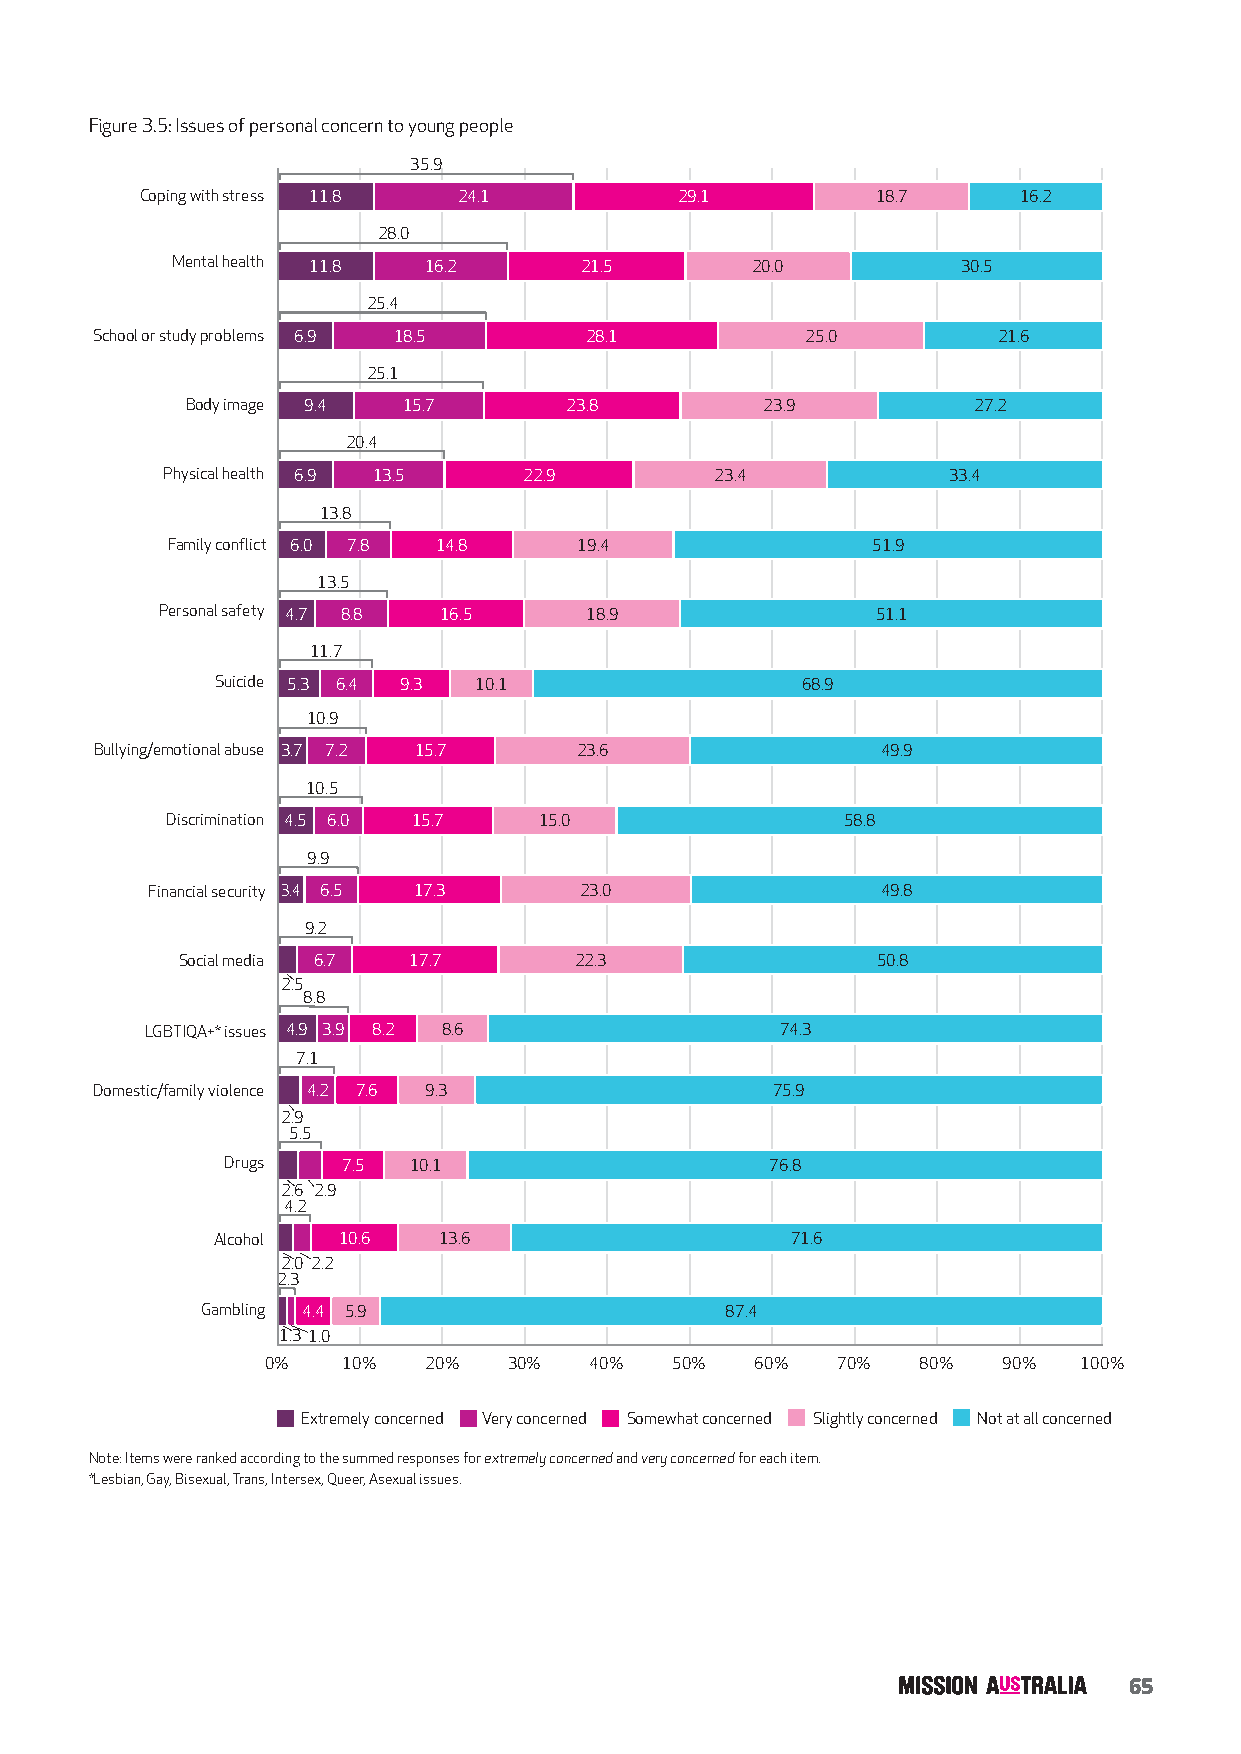
Figure 3.5: Issues of personal concern to young people
 35.9
 Coping with stress 11.8 24.1        29.1         18.7     16.2
 28.0
 Mental health 11.8 16.2    21.5        20.0          30.5
 25.4
 School or study problems 6.9 18.5 28.1         25.0         21.6
 25.1
 Body image 9.4 15.7      23.8          23.9         27.2
 20.4
 Physical health 6.9 13.5 22.9       23.4            33.4
 13.8
 Family conflict 6.0 7.8 14.8 19.4              51.9
 13.5
 Personal safety 4.7 8.8 16.5 18.9              51.1
 11.7
 Suicide 5.3 6.4 9.3 10.1               68.9
 10.9
 Bullying/emotional abuse 3.7 7.2 15.7 23.6          49.9
 10.5
 Discrimination 4.5 6.0 15.7 15.0             58.8
 9.9
 Financial security 3.4 6.5 17.3 23.0            49.8
 9.2
 Social media 6.7 17.7     22.3                50.8
 2.5
 8.8
 LGBTIQA+* issues 4.9 3.9 8.2 8.6          74.3
 7.1
 Domestic/family violence 4.2 7.6 9.3         75.9
 2.9
 5.5
 Drugs   7.5 10.1                    76.8
 2.6 2.9
 4.2
 Alcohol 10.6   13.6                   71.6
 2.0 2.2
 2.3
 Gambling 4.4 5.9                   87.4
 1.31.0
 0%   10%  20%   30%  40%   50%  60%  70%   80%  90%  100%
 Extremely concerned Very concerned Somewhat concerned Slightly concerned Not at all concerned
 Note: Items were ranked according to the summed responses for extremely concerned and very concerned for each item.
 *Lesbian, Gay, Bisexual, Trans, Intersex, Queer, Asexual issues.
 65